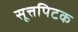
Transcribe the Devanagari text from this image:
सूत्तपिटक